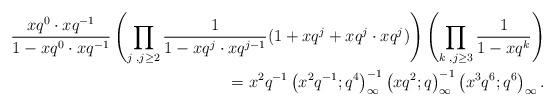
LaTeX: \begin{align*}\dfrac{xq^0\cdot xq^{-1}}{1-xq^0\cdot xq^{-1}}\left(\prod\limits_{j\,\,, j\geq 2}\dfrac{1}{1-xq^j\cdot xq^{j-1}}(1+xq^j + xq^j\cdot xq^j)\right)\left(\prod\limits_{k\,\,, j\geq 3}\dfrac{1}{1-xq^k}\right)\\=x^2q^{-1}\left(x^2q^{-1};q^4\right)_\infty^{-1}\left(xq^2;q \right)_\infty^{-1}\left(x^3q^6;q^6 \right)_\infty.\end{align*}